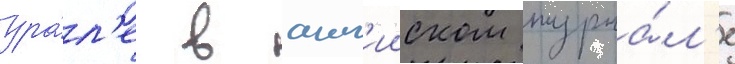
ура́л'е в англ'ииском журна́л'е